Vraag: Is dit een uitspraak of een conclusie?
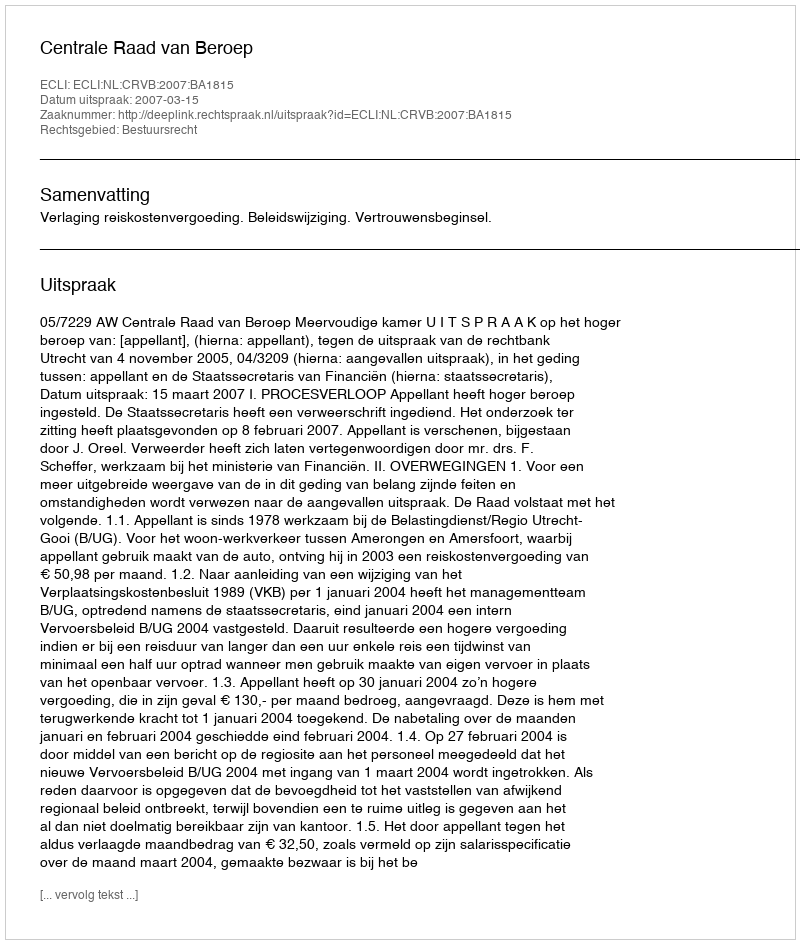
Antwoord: Uitspraak